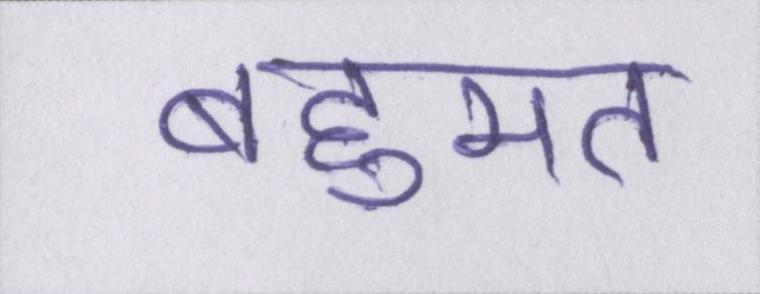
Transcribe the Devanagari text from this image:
बहूमत